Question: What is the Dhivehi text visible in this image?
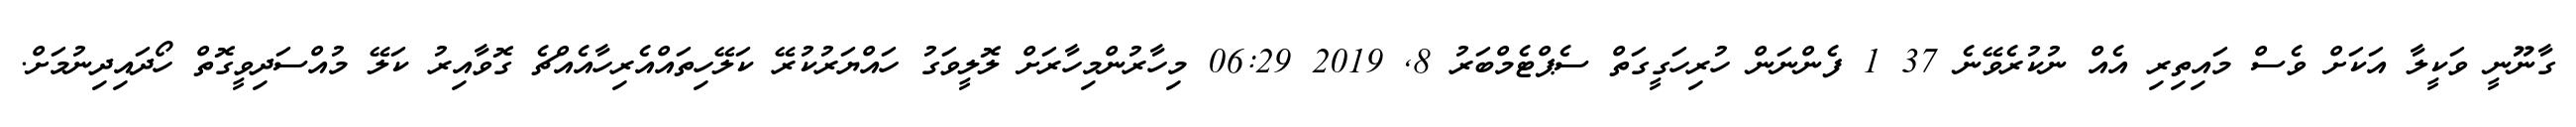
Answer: ގާނޫނީ ވަކީލާ އަކަށް ވެސް މައިތިރި އެއް ނުކުރެވޭނެ 37 1 ފެންނަން ހުރިހަގީގަތް ސެޕްޓެމްބަރު 8, 2019 06:29 މިހާރުންމިހާރަށް ލޮލީވަގު ހައްޔަރުކުރޭ ކަލޭހިތައްއެރިހާއެއްޗެ ގޮވާއިރު ކަލޭ މުއްސަދިވީގޮތް ހޯދައިދިނުމަށް.